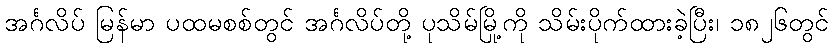
အင်္ဂလိပ် မြန်မာ ပထမစစ်တွင် အင်္ဂလိပ်တို့ ပုသိမ်မြို့ကို သိမ်းပိုက်ထားခဲ့ပြီး၊ ၁၈၂၆တွင်